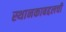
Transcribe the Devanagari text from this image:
स्थानकाबद्दलची